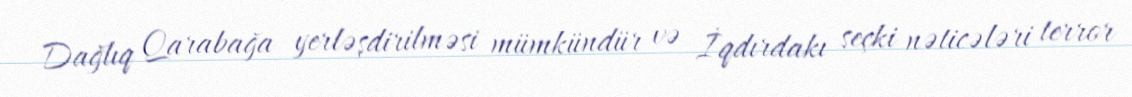
Dağlıq Qarabağa yerləşdirilməsi mümkündür və İqdırdakı seçki nəticələri terror